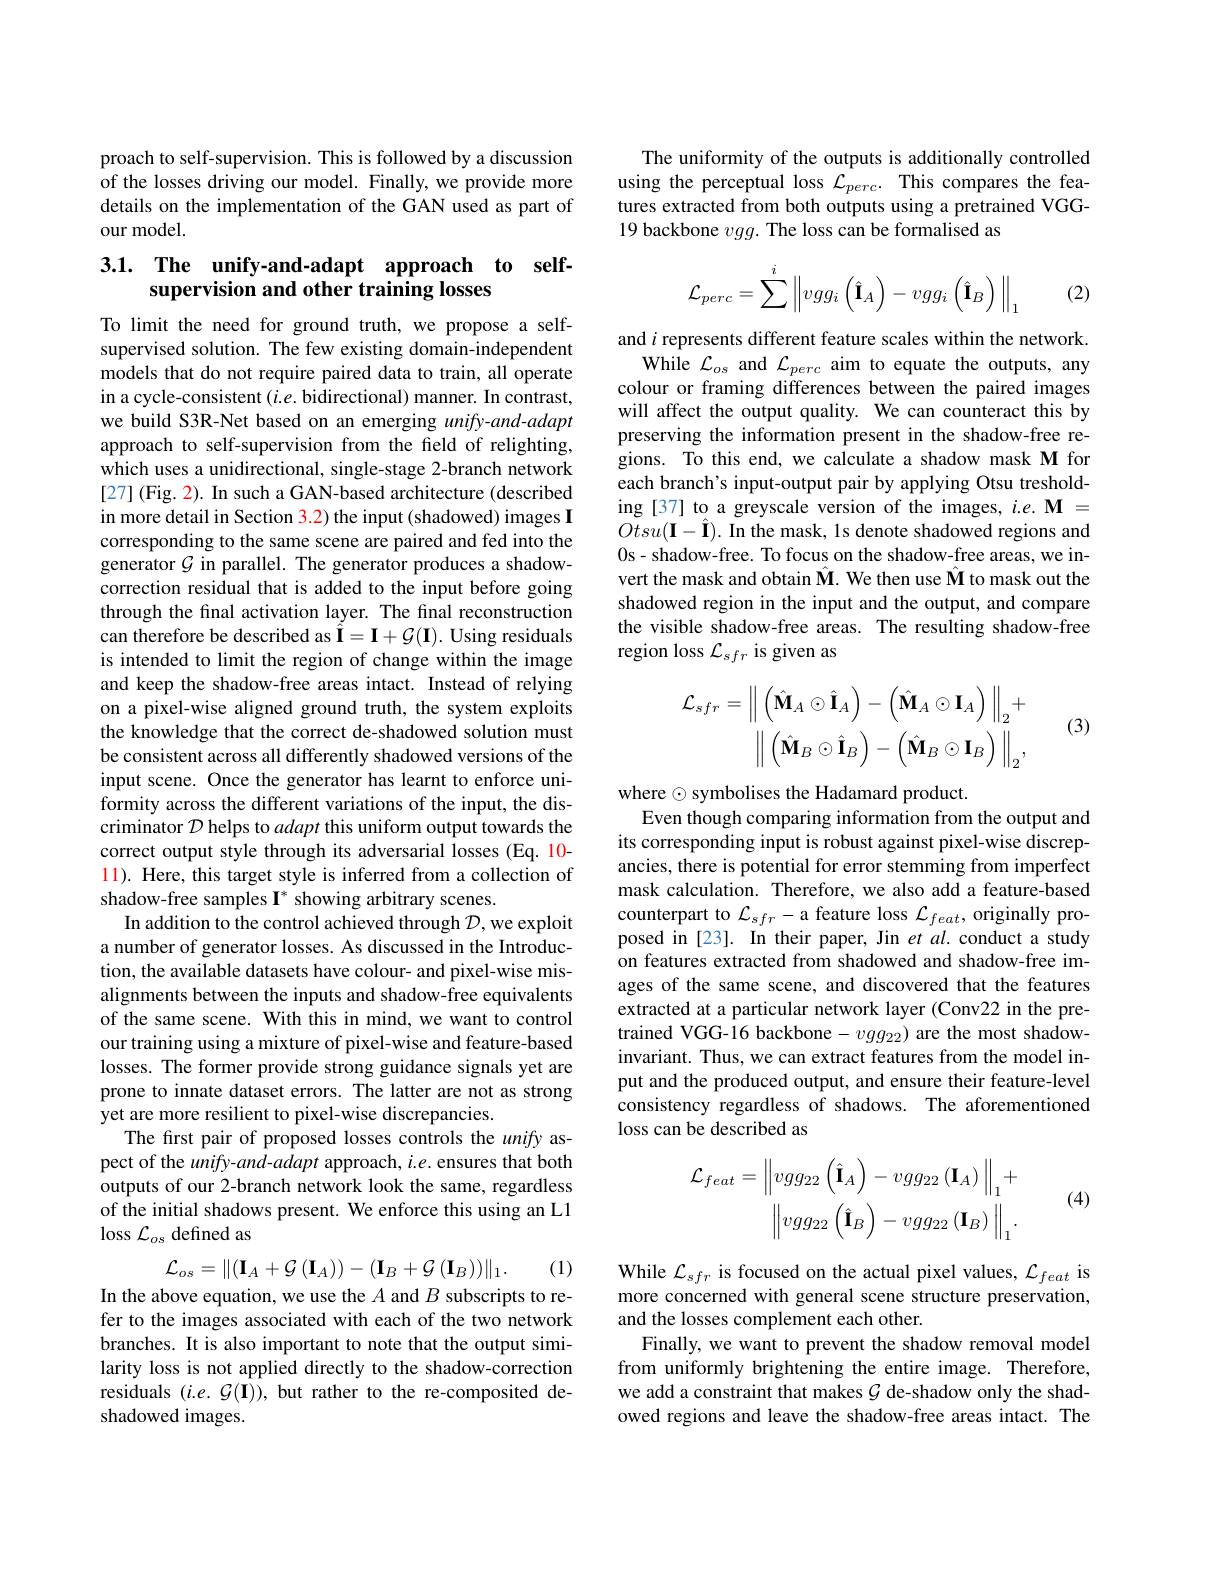
proach to self-supervision. This is followed by a discussion of the losses driving our model. Finally, we provide more details on the implementation of the GAN used as part of our model.

# 3.1. The unify-and-adapt approach to selfsupervision and other training losses

To limit the need for ground truth, we propose a selfsupervised solution. The few existing domain-independent models that do not require paired data to train, all operate in a cycle-consistent $(i.e.$ bidirectional) manner. In contrast, we build S3R-Net based on an emerging $unify-and-adapt$ approach to self-supervision from the field of relighting, which uses a unidirectional, single-stage 2-branch network [27] (Fig. 2). In such a GAN-based architecture (described in more detail in Section $\color{red}3.2)$ the input(shadowed) images I corresponding to the same scene are paired and fed into the generator $\mathcal{G}$ in parallel. The generator produces a shadowcorrection residual that is added to the input before going through the final activation layer. The final reconstruction can therefore be described as $\hat{\mathbf{I}}=\mathbf{I}+\mathcal{G}(\mathbf{I}).$ Using residuals is intended to limit the region of change within the image and keep the shadow-free areas intact. Instead of relying on a pixel-wise aligned ground truth, the system exploits the knowledge that the correct de-shadowed solution must be consistent across all differently shadowed versions of the input scene. Once the generator has learnt to enforce uniformity across the different variations of the input, the discriminator $\mathcal{D}$ helps to adapt this uniform output towards the correct output style through its adversarial losses (Eq. 10- $\color{red}{11}).$ Here, this target style is inferred from a collection of shadow-free samples I$^*$ showing arbitrary scenes.
In addition to the control achieved through $\mathcal{D}$,we exploit a number of generator losses. As discussed in the Introduction, the available datasets have colour- and pixel-wise misalignments between the inputs and shadow-free equivalents of the same scene. With this in mind, we want to control our training using a mixture of pixel-wise and feature-based losses. The former provide strong guidance signals yet are prone to innate dataset errors. The latter are not as strong yet are more resilient to pixel-wise discrepancies.
The first pair of proposed losses controls the unify aspect of the $unify-and-adapt$ approach, $i.e.$ ensures that both outputs of our 2-branch network look the same, regardless of the initial shadows present. We enforce this using an L1 loss $\mathcal{L}_os$ defined as
$$\mathcal{L}_{os}=\|(\mathbf{I}_{A}+\mathcal{G}(\mathbf{I}_{A}))-(\mathbf{I}_{B}+\mathcal{G}(\mathbf{I}_{B}))\|_{1}.$$
(1)

In the above equation, we use the $A$ and $B$ subscripts to refer to the images associated with each of the two network branches. It is also important to note that the output similarity loss is not applied directly to the shadow-correction residuals $(i.e.{\mathcal G}(\mathbf{I}))$, but rather to the re-composited deshadowed images.

The uniformity of the outputs is additionally controlled using the perceptual loss $\mathcal{L}_{perc}.$ This compares the features extracted from both outputs using a pretrained VGG- 19 backbone $vgg.$ The loss can be formalised as
$$\mathcal{L}_{perc}=\sum\limits^i\left\|vgg_i\left(\hat{\mathbf{I}}_A\right)-vgg_i\left(\hat{\mathbf{I}}_B\right)\right\|_1$$
(2)

and $i$ represents different feature scales within the network.
While $\mathcal{L}_os$ and $\mathcal{L}_perc$ aim to equate the outputs, any colour or framing differences between the paired images will affect the output quality. We can counteract this by preserving the information present in the shadow-free regions. To this end, we calculate a shadow mask M for each branch's input-output pair by applying Otsu tresholding [37] to a greyscale version of the images, $i.e.\mathbf{M}=$ $Otsu(\mathbf{I}-\hat{\mathbf{I}}).$ In the mask, 1s denote shadowed regions and 0s- shadow-free. To focus on the shadow-free areas, we invert the mask and obtain $\hat{\mathbf{M}}.$ We then use $\hat{\mathbf{M}}$ to mask out the shadowed region in the input and the output, and compare the visible shadow-free areas. The resulting shadow-free region loss $\mathcal{L}_{sfr}$ is given as
$$\mathcal{L}_{sfr}=\left\|\left(\hat{\mathbf{M}}_{A}\odot\hat{\mathbf{I}}_{A}\right)-\left(\hat{\mathbf{M}}_{A}\odot\mathbf{I}_{A}\right)\right\|_{2}+\\\left\|\left(\hat{\mathbf{M}}_{B}\odot\hat{\mathbf{I}}_{B}\right)-\left(\hat{\mathbf{M}}_{B}\odot\mathbf{I}_{B}\right)\right\|_{2},$$
(3)

where $\odot$ symbolises the Hadamard product.
Even though comparing information from the output and its corresponding input is robust against pixel-wise discrepancies, there is potential for error stemming from imperfect mask calculation. Therefore, we also add a feature-based counterpart to $\mathcal{L}_{sfr}-$a feature loss $\mathcal{L}_feat$, originally proposed in [23]. In their paper, Jin $et\textit{al. conduct a study}$ on features extracted from shadowed and shadow-free images of the same scene, and discovered that the features extracted at a particular network layer (Conv22 in the pretrained VGG-16 backbone- $vgg_{22})$ are the most shadowinvariant. Thus, we can extract features from the model input and the produced output, and ensure their feature-level consistency regardless of shadows. The aforementioned loss can be described as

(4)
$$\mathcal{L}_{feat}=\left\|vgg_{22}\left(\hat{\mathbf{I}}_{A}\right)-vgg_{22}\left(\mathbf{I}_{A}\right)\right\|_{1}+\\\left\|vgg_{22}\left(\hat{\mathbf{I}}_{B}\right)-vgg_{22}\left(\mathbf{I}_{B}\right)\right\|_{1}.$$
While $\mathcal{L}_sfr$ is focused on the actual pixel values, $\mathcal{L}_feat$ is more concerned with general scene structure preservation, and the losses complement each other.
Finally, we want to prevent the shadow removal model from uniformly brightening the entire image. Therefore, we add a constraint that makes $\mathcal{G}$ de-shadow only the shadowed regions and leave the shadow-free areas intact. The